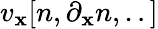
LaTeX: v_{\mathbf{x}}[n,\partial_{\mathbf{x}}n,..]